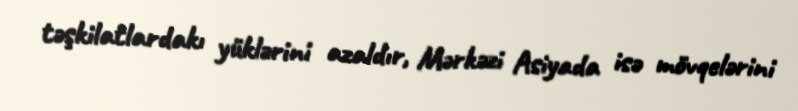
təşkilatlardakı yüklərini azaldır, Mərkəzi Asiyada isə mövqelərini